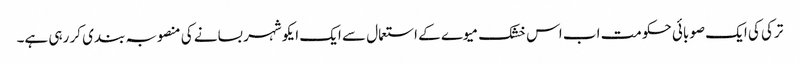
ترکی کی ایک صوبائی حکومت اب اس خشک میوے کے استعمال سے ایک ایکو شہر بسانے کی منصوبہ بندی کر رہی ہے۔